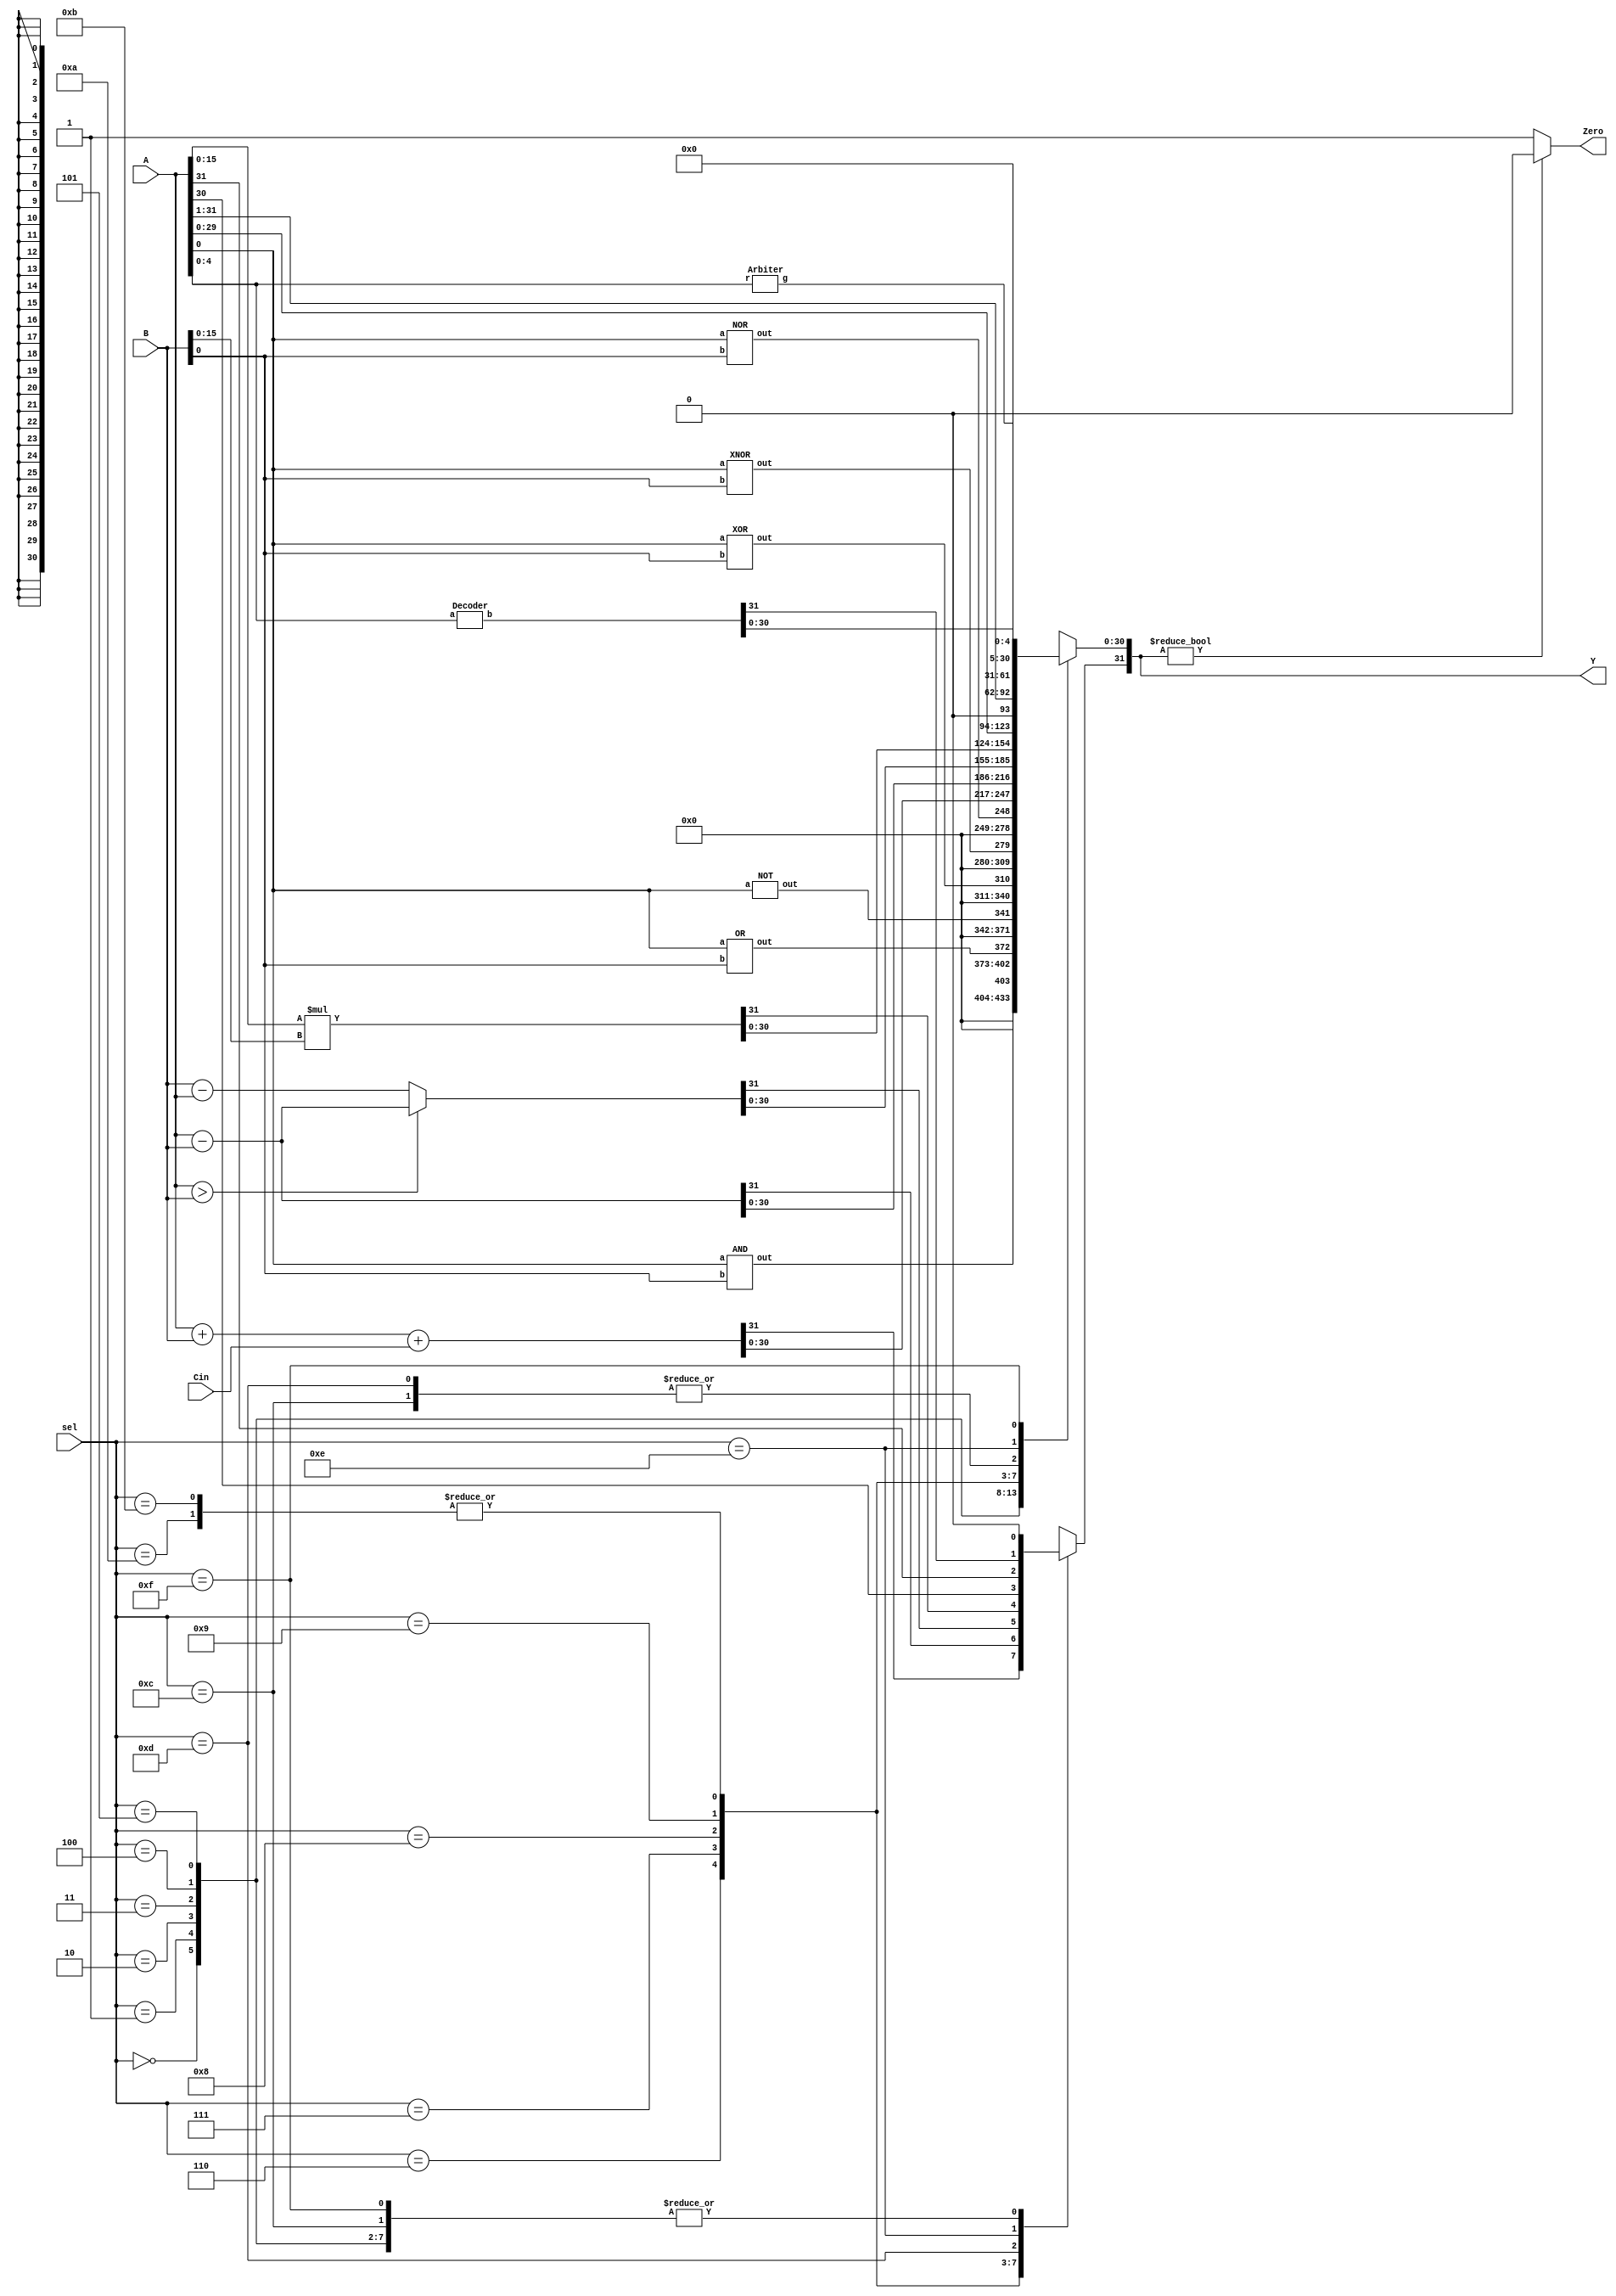
module ALU (A, B, sel, Cin, Y, Zero);
	input [32 - 1 : 0] A, B;
	input [3 : 0] sel;
	input Cin;
	output reg [32 - 1 : 0] Y;
	output reg Zero;

	wire out1;
	wire out2;
	wire out3;
	wire out4;
	wire out5;
	wire out6;
	wire [32-1:0] out15;
	wire [5-1:0] out16;

	/*
		Design your code here
	*/
	AND a1(.a(A[0]), .b(B[0]), .out(out1));
	OR a2(.a(A[0]), .b(B[0]), .out(out2));
	NOT a3(.a(A[0]), .out(out3));
	XOR a4(.a(A[0]), .b(B[0]), .out(out4));
	XNOR a5(.a(A[0]), .b(B[0]), .out(out5));
	NOR a6(.a(A[0]), .b(B[0]), .out(out6));
	Decoder a7(.a(A[5-1:0]), .b(out15));
	Arbiter a8(.r(A[5-1:0]), .g(out16));
	
	always@(*)begin
		case (sel)
			4'b0000: Y = {31'b0, out1};
			4'b0001: Y = {31'b0, out2};
			4'b0010: Y = {31'b0, out3};
			4'b0011: Y = {31'b0, out4};
			4'b0100: Y = {31'b0, out5};
			4'b0101: Y = {31'b0, out6};
			4'b0110: Y = A+B+Cin;
			4'b0111: Y = A-B;
			4'b1000: begin
				if (A>B)	Y = A-B;
				else	Y=B-A;
			end
			4'b1001: Y = A[15:0]*B[15:0];
			4'b1010: Y = A << 1'b1;
			4'b1011: Y = A << 1'b1;
			4'b1100: Y = A >> 1'b1;
			4'b1101: begin 
				Y = A >> 1'b1;
				Y[31] = A[31];
			end
			4'b1110: Y = {out15};
			4'b1111: Y = {27'b0, out16};
		endcase
	end
	
	always@(*)begin
		if(sel == 4'b1110 || sel == 4'b1111)	Zero = 0;
		if (Y != 32'b0) Zero = 0;
		else Zero = 1;
	end

	
	


endmodule 

module Arbiter(r, g); // find-first-one unit
	input [5 - 1 : 0] r;
	output[5 - 1 : 0] g;
	reg[5 - 1 : 0] g;

	always @(*) begin
		casex(r)
			5'b00000: g = 5'b00000;
			5'bxxxx1: g = 5'b00001;
			5'bxxx10: g = 5'b00010;
			5'bxx100: g = 5'b00100;
			5'bx1000: g = 5'b01000;
			5'b10000: g = 5'b10000;
			default: g = 5'b00000;
		endcase
	end
endmodule

module Decoder(a, b); // binary to one-hot decoder
	input [5 - 1 : 0] a;
	output[32- 1 : 0] b;

	wire[32 - 1 : 0] b = 1 << a;

endmodule

module AND (a, b, out);
	input  a, b;
	output out;
	wire nand_ab;

	nand n1(nand_ab, a, b);
	nand n2(out, nand_ab, nand_ab);	

endmodule

module OR (a, b, out);
	input  a, b;
	output out;
	wire not_a, not_b;

	nand n1(not_a, a, a);
	nand n2(not_b, b, b);
	nand n3(out, not_a, not_b);

endmodule

module NOT (a, out);
	input  a;
	output out;

	nand n1(out, a, a);
	
endmodule

module XOR (a, b, out);
	input  a, b;
	output out;
	wire not_ab, not_a_ab, not_b_ab;

	nand n1(not_ab, a, b);
	nand n2(not_a_ab, a, not_ab);
	nand n3(not_b_ab, b, not_ab);
	nand n4(out, not_a_ab, not_b_ab);	
	
endmodule

module XNOR (a, b, out);
	input  a, b;
	output out;
	wire not_ab_a, not_ab_b, not_ab, temp;
	
	nand n1(not_ab, a, b);
	nand n2(not_ab_a, a, not_ab);
	nand n3(not_ab_b, b, not_ab);
	nand n4(temp, not_ab_a, not_ab_b);
	nand n5(out, temp, temp);
	
endmodule

module NOR (a, b, out);
	input  a, b;
	output out;
	wire not_a, not_b, temp;

	nand n1(not_a, a, a);
	nand n2(not_b, b, b);
	nand n3(temp, not_a, not_b);
	nand n4(out, temp, temp);
	
endmodule